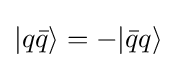
|q{\bar {q}}\rangle =-|{\bar {q}}q\rangle